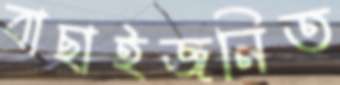
বাছাইজনিত